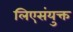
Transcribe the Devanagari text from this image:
लिएसंयुक्त